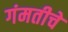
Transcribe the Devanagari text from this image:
गंमतीचे